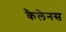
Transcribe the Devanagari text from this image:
कैलेनस